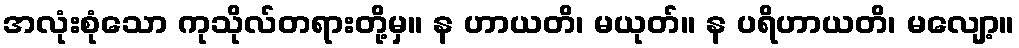
အလုံးစုံသော ကုသိုလ်တရားတို့မှ။ န ဟာယတိ၊ မယုတ်။ န ပရိဟာယတိ၊ မလျော့။